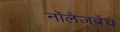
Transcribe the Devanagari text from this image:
नॉलेजबेंच